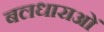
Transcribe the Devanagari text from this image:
बलधाराओं